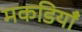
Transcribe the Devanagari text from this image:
मकडियाँ